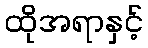
ထိုအရာနှင့်